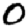
Digit: 0